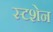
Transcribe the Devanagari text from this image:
स्टशेन